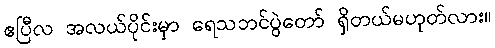
ဧပြီလ အလယ်ပိုင်းမှာ ရေသဘင်ပွဲတော် ရှိတယ်မဟုတ်လား။